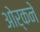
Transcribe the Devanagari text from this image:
ओर्कने